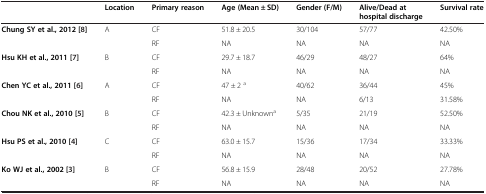
<table><thead><tr><td>[EMPTY_CELL]</td><td><b>Location</b></td><td><b>Primary reason</b></td><td><b>Age (Mean ± SD)</b></td><td><b>Gender (F/M)</b></td><td><b>Alive/Dead at hospital discharge</b></td><td><b>Survival rate</b></td></tr></thead><tbody><tr><td><b>Chung SY et al., 2012 [</b>[8]<b>]</b></td><td>A</td><td>CF</td><td>51.8 ± 20.5</td><td>30/104</td><td>57/77</td><td>42.50%</td></tr><tr><td>[EMPTY_CELL]</td><td>[EMPTY_CELL]</td><td>RF</td><td>NA</td><td>NA</td><td>NA</td><td>NA</td></tr><tr><td><b>Hsu KH et al., 2011 [</b>[7]<b>]</b></td><td>B</td><td>CF</td><td>29.7 ± 18.7</td><td>46/29</td><td>48/27</td><td>64%</td></tr><tr><td>[EMPTY_CELL]</td><td>[EMPTY_CELL]</td><td>RF</td><td>NA</td><td>NA</td><td>NA</td><td>NA</td></tr><tr><td><b>Chen YC et al., 2011 [</b>[6]<b>]</b></td><td>A</td><td>CF</td><td>47 ± 2<sup>a</sup></td><td>40/62</td><td>36/44</td><td>45%</td></tr><tr><td>[EMPTY_CELL]</td><td>[EMPTY_CELL]</td><td>RF</td><td>NA</td><td>NA</td><td>6/13</td><td>31.58%</td></tr><tr><td><b>Chou NK et al., 2010 [</b>[5]<b>]</b></td><td>B</td><td>CF</td><td>42.3 ± Unknown<sup>a</sup></td><td>5/35</td><td>21/19</td><td>52.50%</td></tr><tr><td>[EMPTY_CELL]</td><td>[EMPTY_CELL]</td><td>RF</td><td>NA</td><td>NA</td><td>NA</td><td>NA</td></tr><tr><td><b>Hsu PS et al., 2010 [</b>[4]<b>]</b></td><td>C</td><td>CF</td><td>63.0 ± 15.7</td><td>15/36</td><td>17/34</td><td>33.33%</td></tr><tr><td>[EMPTY_CELL]</td><td>[EMPTY_CELL]</td><td>RF</td><td>NA</td><td>NA</td><td>NA</td><td>NA</td></tr><tr><td><b>Ko WJ et al., 2002 [</b>[3]<b>]</b></td><td>B</td><td>CF</td><td>56.8 ± 15.9</td><td>28/48</td><td>20/52</td><td>27.78%</td></tr><tr><td>[EMPTY_CELL]</td><td>[EMPTY_CELL]</td><td>RF</td><td>NA</td><td>NA</td><td>NA</td><td>NA</td></tr></tbody></table>